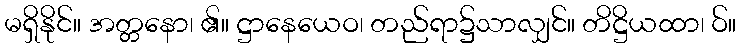
မရှိနိုင်။ အတ္တနော၊ ၏။ ဋ္ဌာနေယေဝ၊ တည်ရာ၌သာလျှင်။ တိဋ္ဌိယထာ၊ ဝ်။